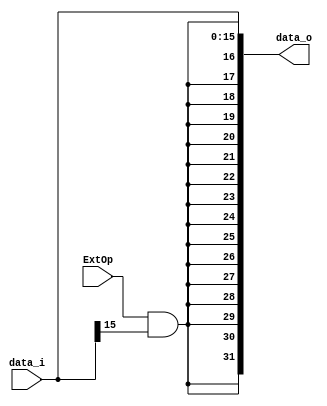
module expander(
	input wire [width-1:0]	data_i,
	input wire 		ExtOp,
	output reg [31:0]	data_o
);
parameter width = 16;

always @(*)
begin
	data_o = {{(32-width){(ExtOp & data_i[width-1])}}, data_i[width-1:0]};
end
	
endmodule